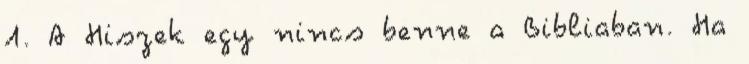
1. A Hiszek egy nincs benne a Bibliaban. Ha